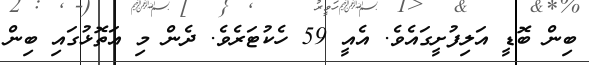
ބިން ބޮޑީ އަލިފުށީގައެވެ. އެއީ 59 ހެކުޓަރެވެ. ދެން މި އަތޮޅުގައި ބިން